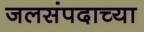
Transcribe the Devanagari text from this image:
जलसंपदाच्या